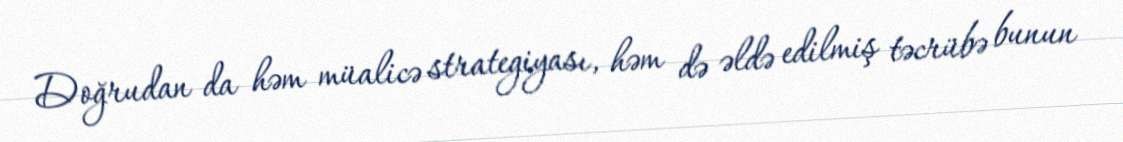
Doğrudan da həm müalicə strategiyası, həm də əldə edilmiş təcrübə bunun